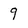
Character: 9